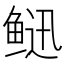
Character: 𩾄